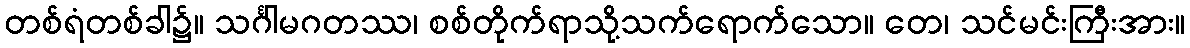
တစ်ရံတစ်ခါ၌။ သင်္ဂါမဂတဿ၊ စစ်တိုက်ရာသို့သက်ရောက်သော။ တေ၊ သင်မင်းကြီးအား။